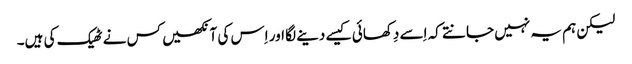
‏ لیکن ہم یہ نہیں جانتے کہ اِسے دِکھائی کیسے دینے لگا اور اِس کی آنکھیں کس نے ٹھیک کی ہیں۔